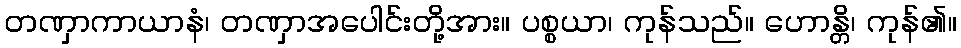
တဏှာကာယာနံ၊ တဏှာအပေါင်းတို့အား။ ပစ္စယာ၊ ကုန်သည်။ ဟောန္တိ၊ ကုန်၏။